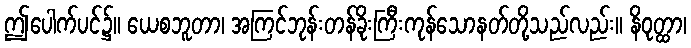
ဤပေါက်ပင်၌။ ယေစဘူတာ၊ အကြင်ဘုန်းတန်ခိုးကြီးကုန်သောနတ်တို့သည်လည်း။ နိဝုတ္ထာ၊